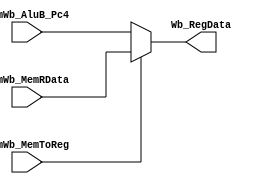
module wb(
	input 		       MemWb_MemToReg, //mux select
	input 		[31:0] MemWb_AluB_Pc4,
	input 		[31:0] MemWb_MemRData,
	output reg 	[31:0] Wb_RegData      
	);
    
	always @(*)begin
		if (MemWb_MemToReg)
	        Wb_RegData= MemWb_MemRData;
        else
	        Wb_RegData= MemWb_AluB_Pc4;
	end
endmodule